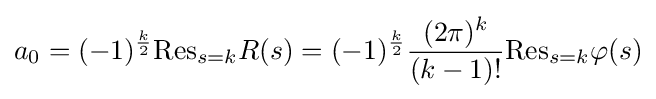
a_{0}=(-1)^{\frac {k}{2}}{\text{Res}}_{s=k}R(s)=(-1)^{\frac {k}{2}}{\frac {(2\pi )^{k}}{(k-1)!}}{\text{Res}}_{s=k}\varphi (s)